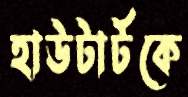
হাউটার্টকে